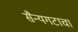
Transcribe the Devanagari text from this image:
सैन्यगटाचा